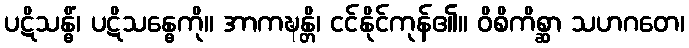
ပဋိသန္ဓိံ၊ ပဋိသန္ဓေကို။ အာကဍ္ဎန္တိ၊ ငင်နိုင်ကုန်၏။ ဝိစိကိစ္ဆာ သဟဂတေ၊